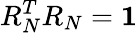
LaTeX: R_{N}^{T}R_{N}=\mathbf{1}